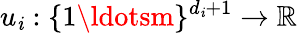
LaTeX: u_{\mathit{i}}:\{ 1\ldotsm\} ^{d_{\mathit{i}}+1}\rightarrow\mathbb{{R}}